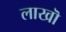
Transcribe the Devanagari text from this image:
लाखॊ